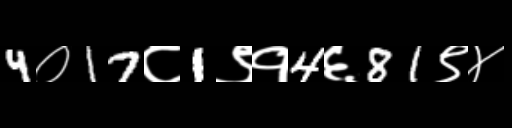
Text: 4०17८1९१4६81९४